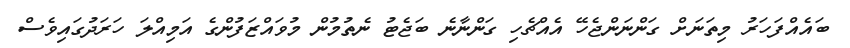
ބައެއްފަހަރު މިތަނަށް ގަންނަންޖެހޭ އެއްޗެހި ގަންނާނެ ބަޖެޓު ނެތުމުން މުވައްޒަފުންގެ އަމިއްލަ ހަރަދުގައިވެސް